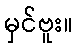
မှင်ဗူး။